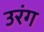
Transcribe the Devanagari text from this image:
उरंग